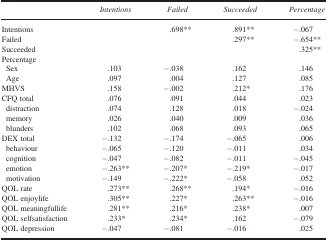
|  | Intentions | Failed | Succeeded | Percentage |
 | --- | --- | --- | --- | --- |
 | Intentions |  | .698** | .891** | −.067 |
 | Failed |  |  | .297** | −.654** |
 | Succeeded |  |  |  | .325** |
 | <COLSPAN=5> Percentage |
 | Sex | .103 | −.038 | .162 | .146 |
 | Age | .097 | .004 | .127 | .085 |
 | MHVS | .158 | −.002 | .212* | .176 |
 | CFQ total | .076 | .091 | .044 | .023 |
 | distraction | .074 | .128 | .018 | −.024 |
 | memory | .026 | .040 | .009 | .036 |
 | blunders | .102 | .068 | .093 | .065 |
 | DEX total | −.132 | −.174 | −.065 | .006 |
 | behaviour | −.065 | −.120 | −.011 | .034 |
 | cognition | −.047 | −.082 | −.011 | −.045 |
 | emotion | −.263** | −.207* | −.219* | −.017 |
 | motivation | −.149 | −.222* | −.058 | .052 |
 | QOL rate | .273** | .268** | .194* | −.016 |
 | QOL enjoylife | .305** | .227* | .263** | −.016 |
 | QOL meaningfullife | .281** | .216* | .238* | .007 |
 | QOL selfsatisfaction | .233* | .234* | .162 | −.079 |
 | QOL depression | −.047 | −.081 | −.016 | .025 |